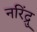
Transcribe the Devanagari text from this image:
नरिंद्रु